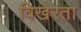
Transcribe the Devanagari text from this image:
विखेरता